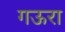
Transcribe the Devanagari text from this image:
गऊरा